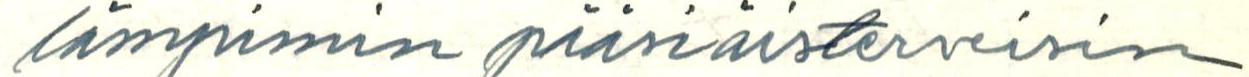
lämpimin pääsiäisterveisin